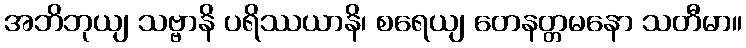
အဘိဘုယျ သဗ္ဗာနိ ပရိဿယာနိ၊ စရေယျ တေနတ္တမနော သတီမာ။